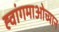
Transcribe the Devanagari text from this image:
ह्वांगमाओच्यान